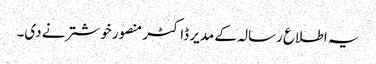
یہ اطلاع رسالہ کے مدیر ڈاکٹر منصور خوشتر نے دی۔